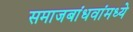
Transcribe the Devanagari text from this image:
समाजबांधवांमध्ये